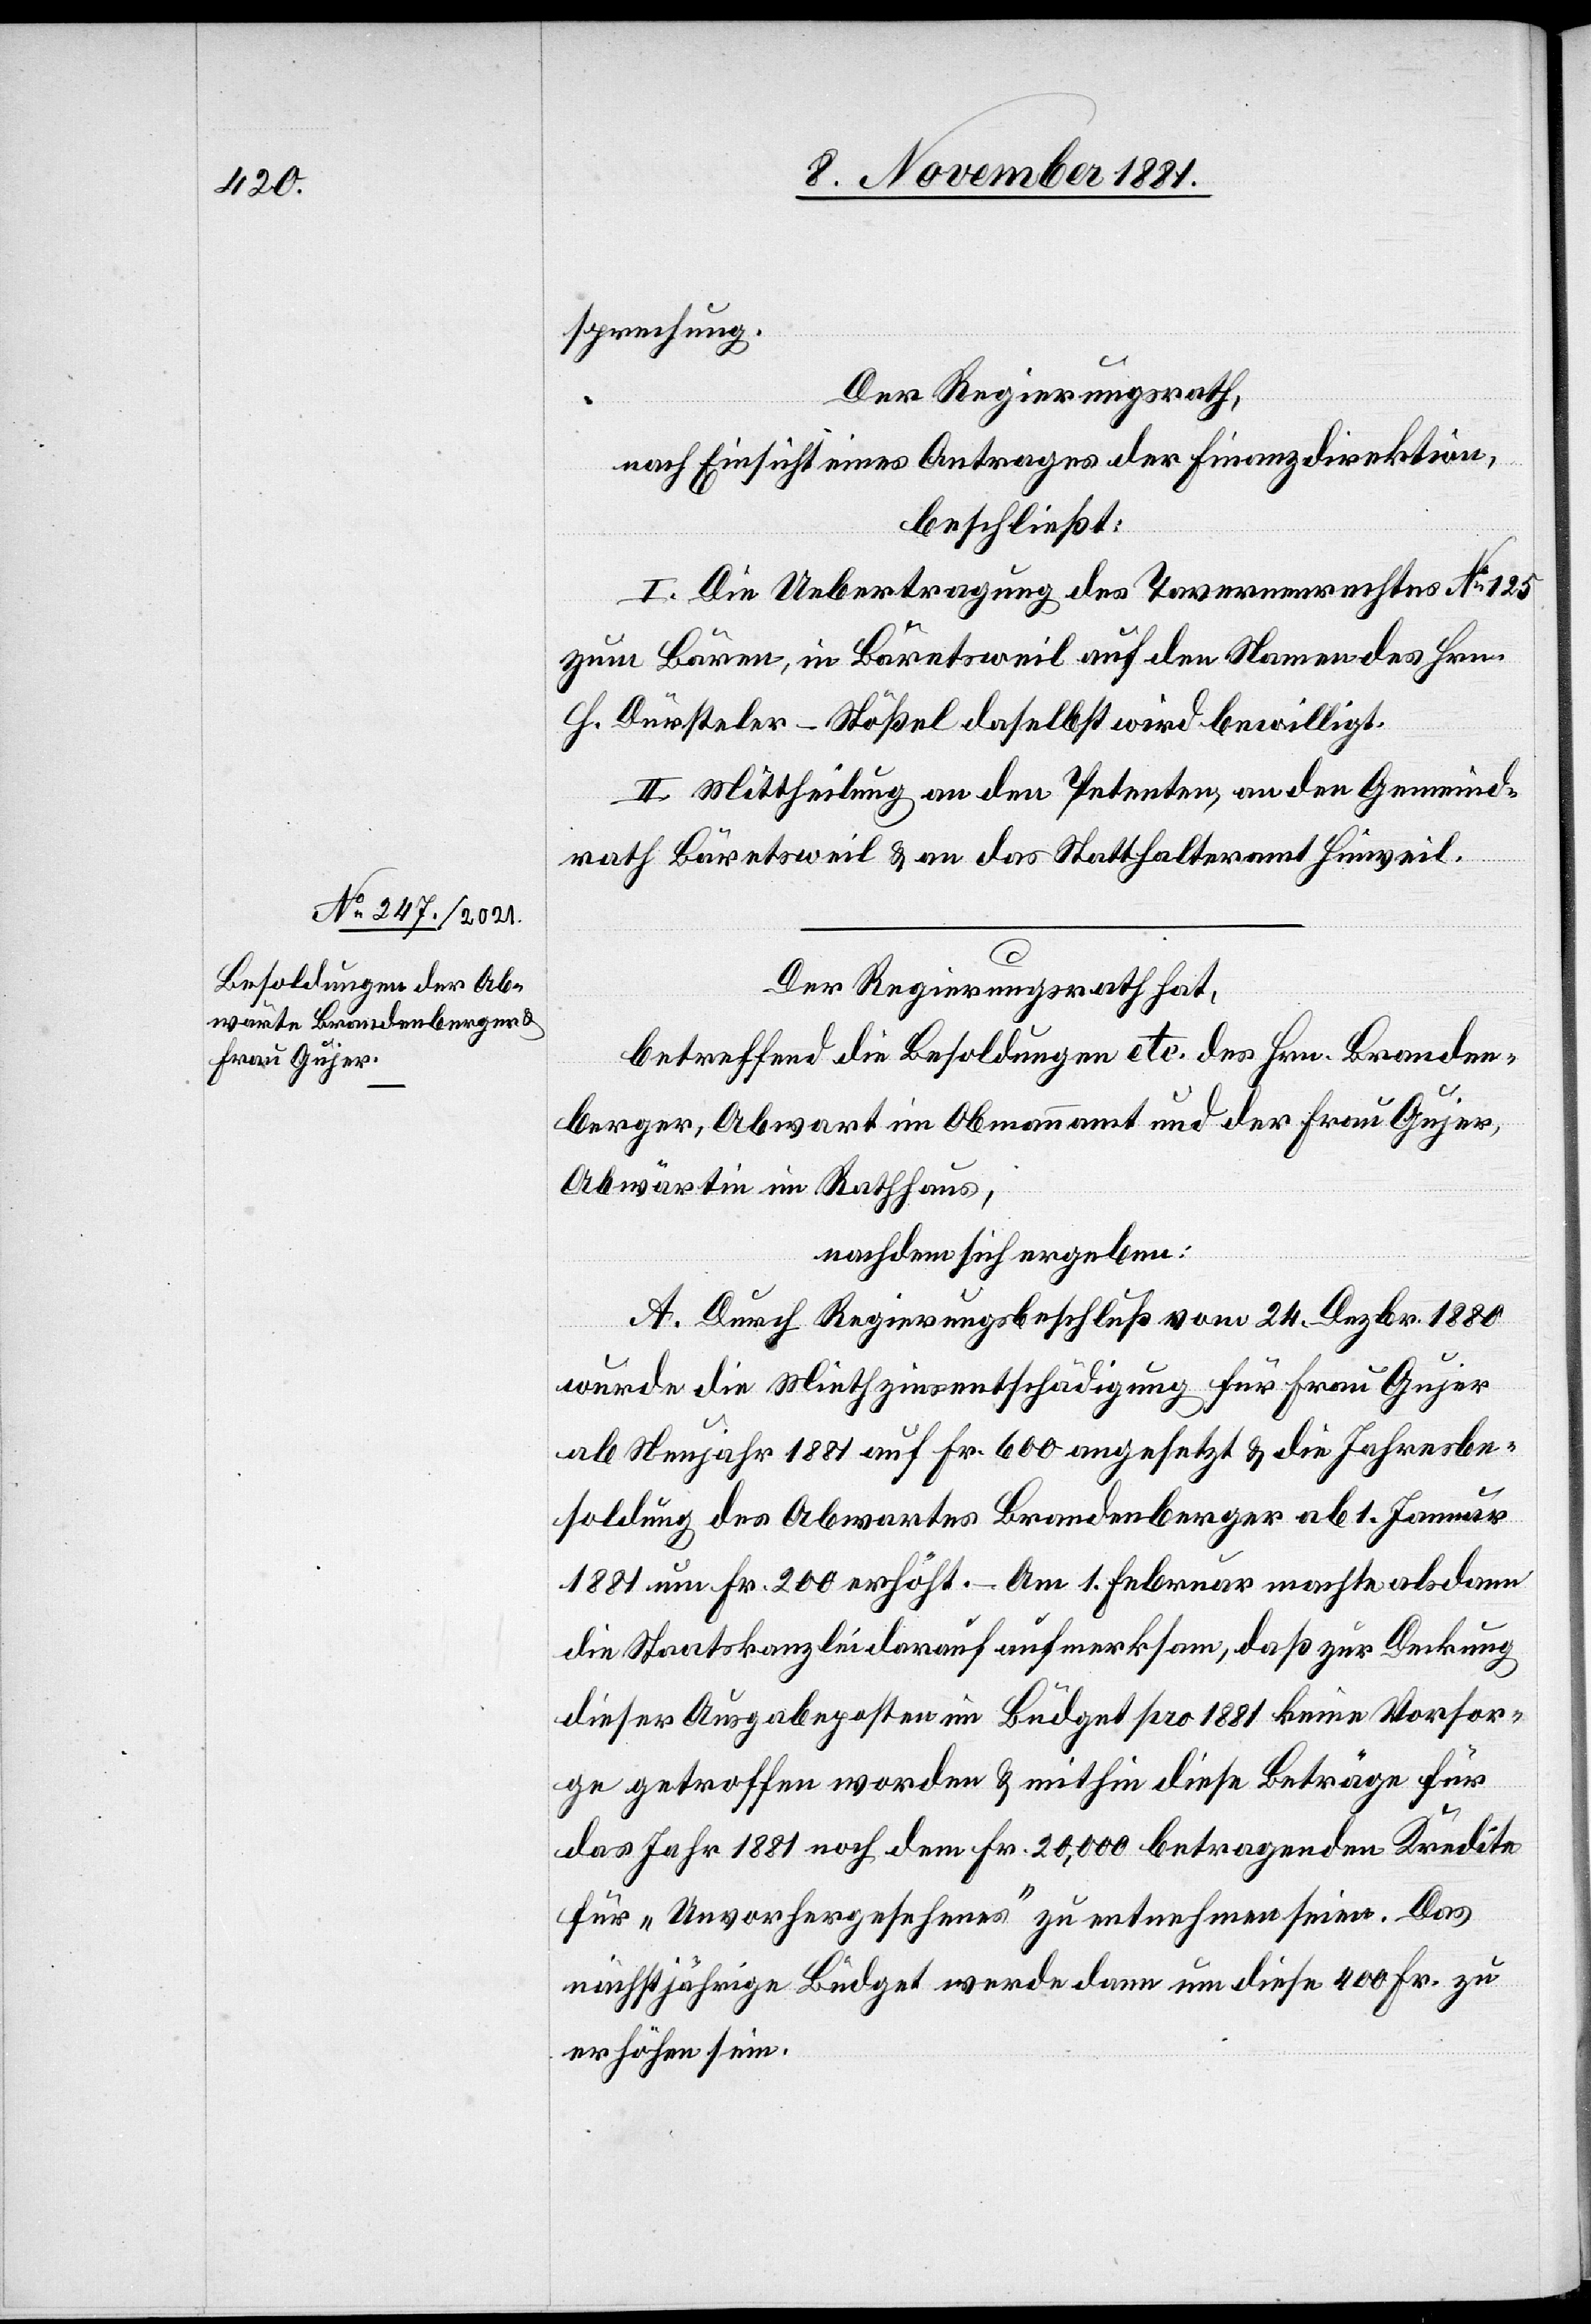
sprechung.
Der Regierungsrath,
nach Einsicht eines Antrages der Finanzdirektion,
beschließt:
I. Die Uebertragung des Tavernenrechtes No 125
zum Bären, in Bäretsweil auf den Namen des Hrn.
H. Dürsteler-Stößel daselbst wird bewilligt.
II. Mittheilung an den Petenten, an den Gemeind¬
rath Bäretsweil & an das Statthalteramt Hinweil.
Der Regierungsrath hat,
betreffend die Besoldungen etc. des Hrn. Branden¬
berger, Abwart im Obmannamt und der Frau Gujer,
Abwärtin im Rathhaus,
nachdem sich ergeben:
A. Durch Regierungsbeschluß vom 24. Dezbr. 1880
wurde die Miethzinsentschädigung für Frau Gujer
ab Neujahr 1881 auf Fr. 600 angesetzt & die Jahresbe¬
soldung des Abwartes Brandenberger ab 1. Januar
1881 um Fr. 200 erhöht. – Am 1. Februar machte alsdann
die Staatskanzlei darauf aufmerksam, daß zur Deckung
dieser Ausgabeposten im Büdget pro 1881 keine Vorsor¬
ge getroffen worden & mithin diese Beträge für
das Jahr 1881 noch dem Fr. 20,000 betragenden Kredite
für „Unvorhergesehenes“ zu entnehmen seien. Das
nächstjährige Büdget werde dann um diese 400 Fr. zu
erhöhen sein.